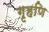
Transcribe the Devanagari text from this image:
गृहणि